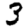
Digit: 3